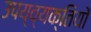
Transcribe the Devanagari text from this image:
उपय्व्यक्तियों